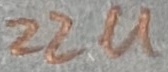
Text: 22u